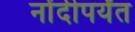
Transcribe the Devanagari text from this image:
नोंदीपर्यंत